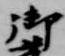
御